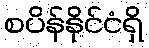
စပိန်နိုင်ငံရှိ